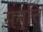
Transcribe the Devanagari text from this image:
समृत्ति